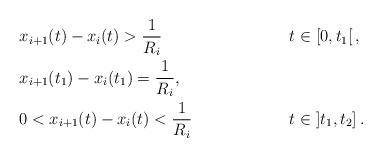
LaTeX: \begin{align*}&x_{i+1}(t)-x_i(t) > \dfrac{1}{R_i}&&t \in \left[0,t_1\right[,\\&x_{i+1}(t_1)-x_i(t_1) = \dfrac{1}{R_i},\\ &0<x_{i+1}(t)-x_i(t) < \dfrac{1}{R_i}&&t \in \left]t_1, t_2\right].\end{align*}